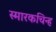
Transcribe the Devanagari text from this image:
स्मारकचिन्ह